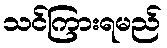
သင်ကြားရမည်